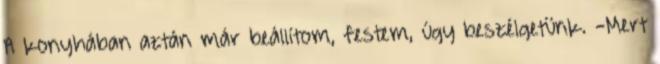
A konyhában aztán már beállítom, festem, úgy beszélgetünk. -Mert